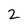
Character: 2